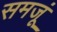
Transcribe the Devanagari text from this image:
समजूं